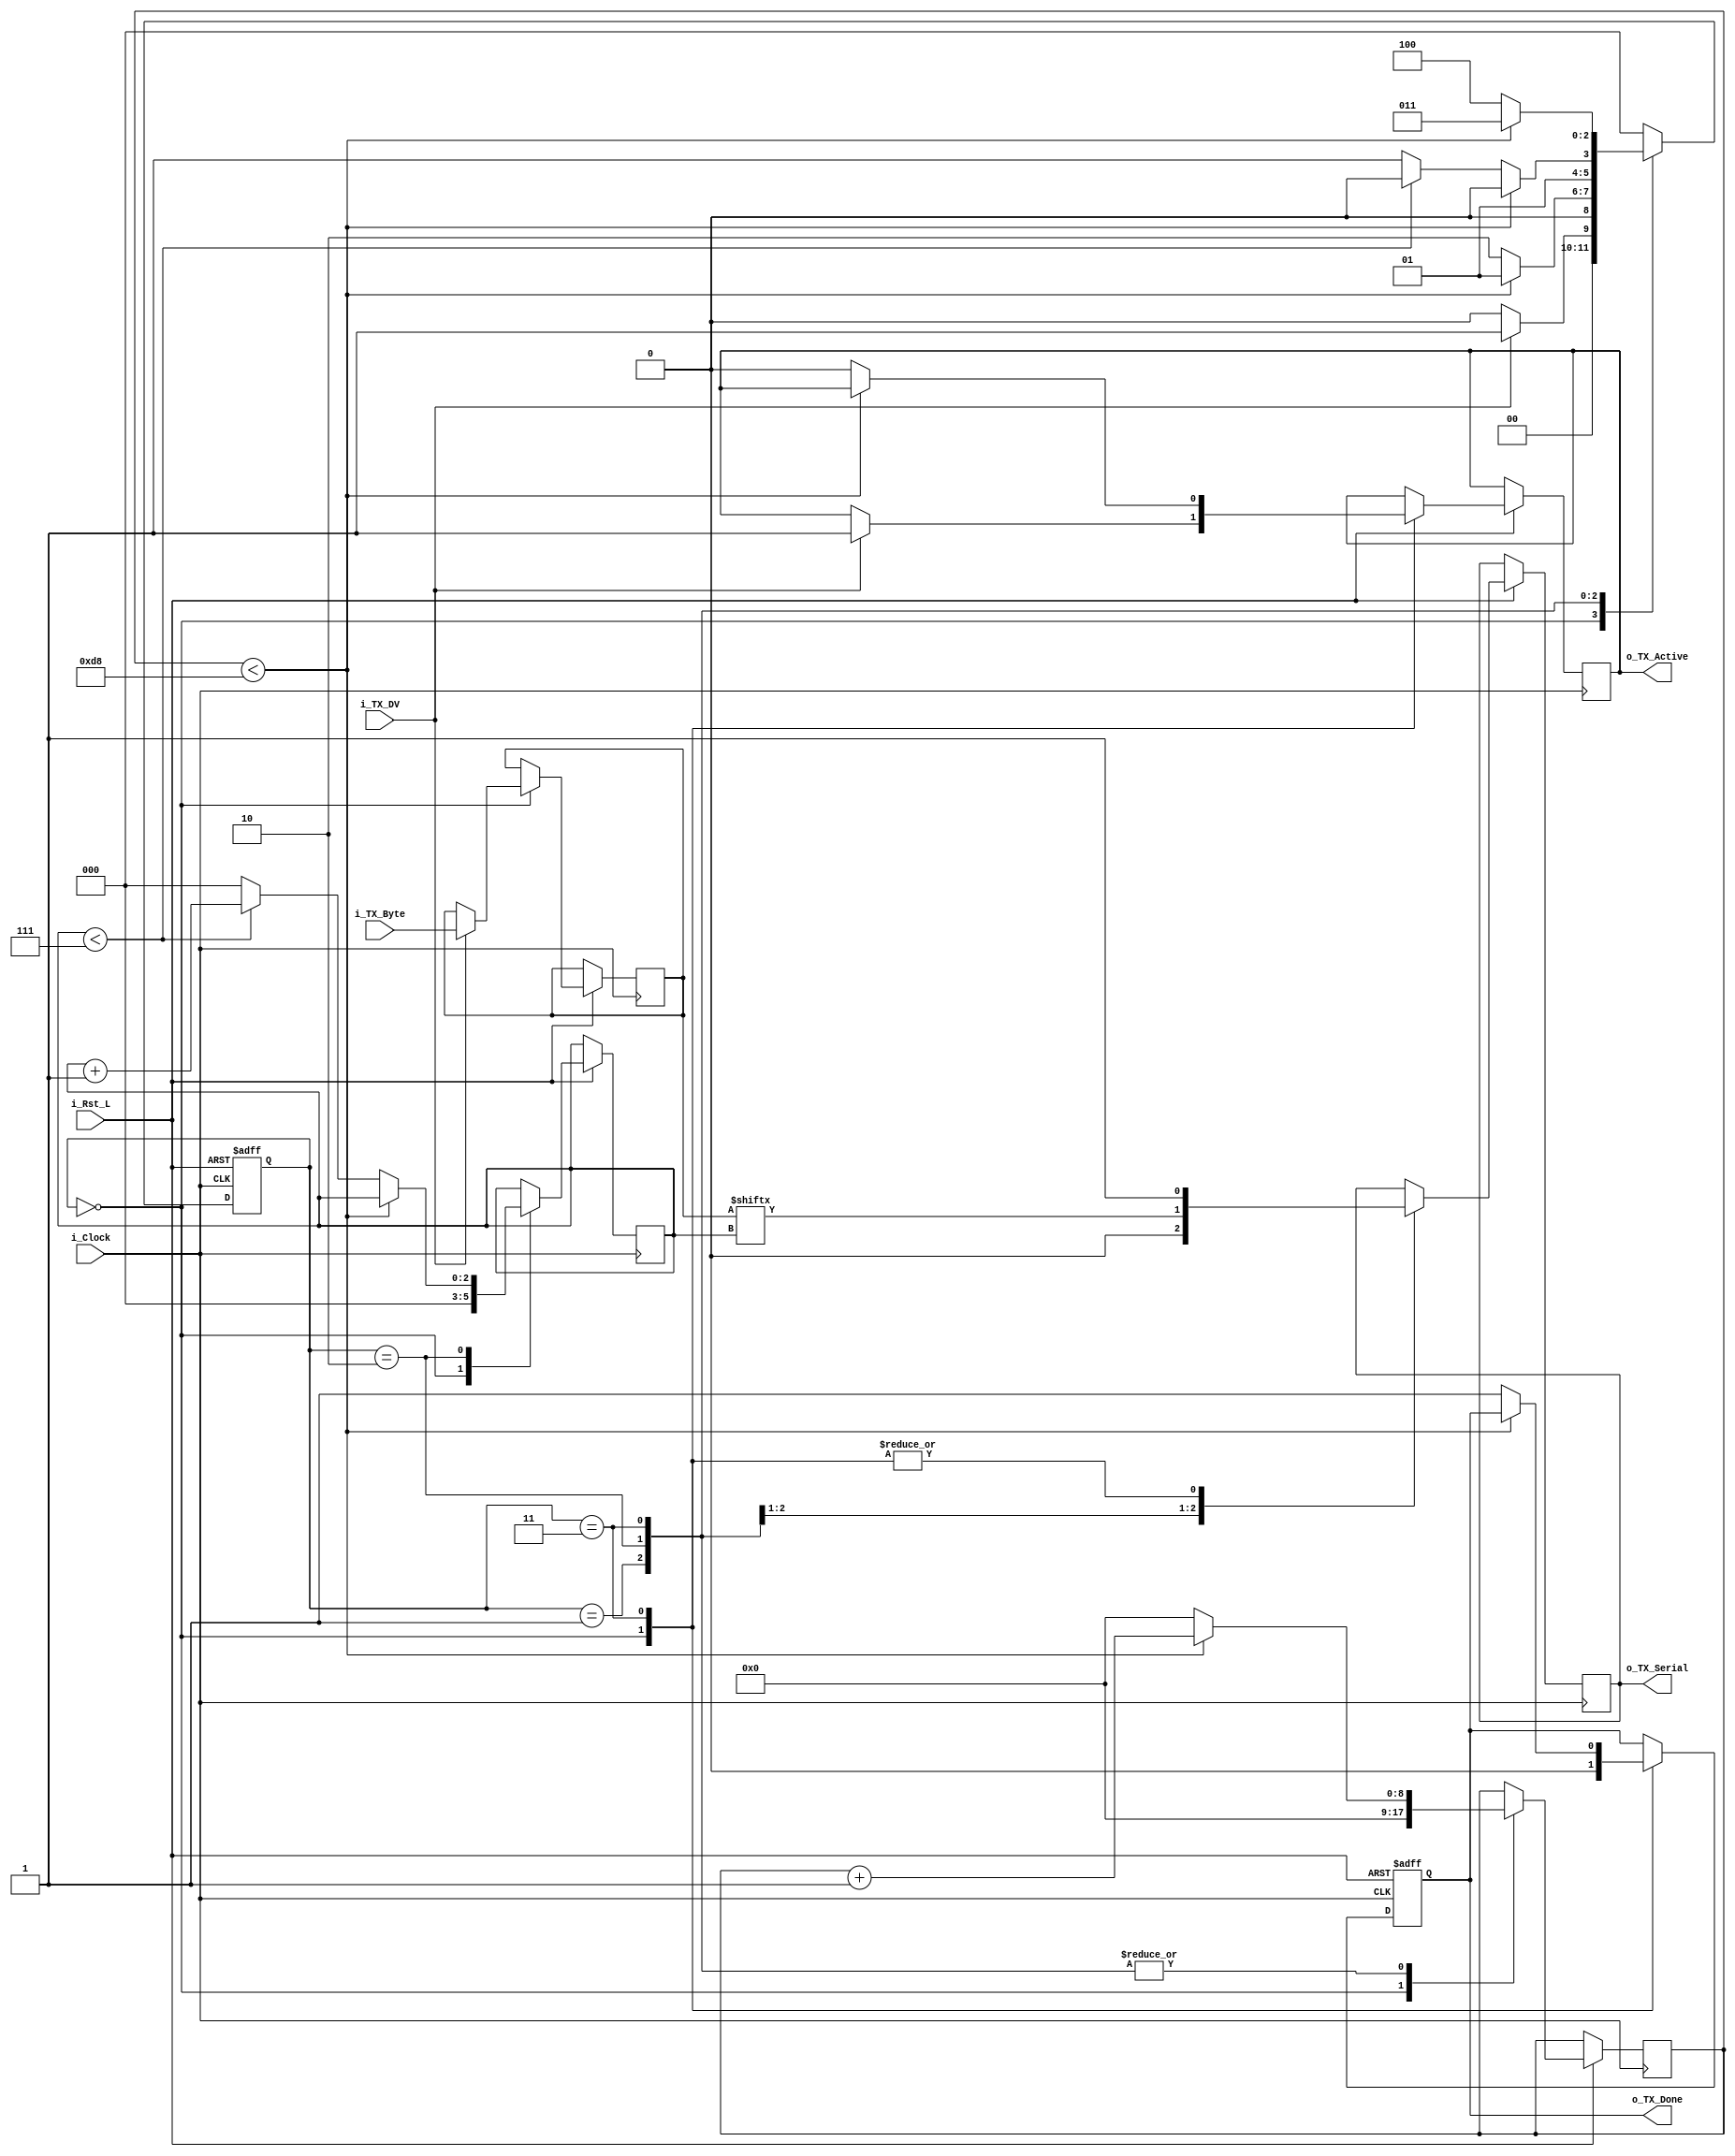
//////////////////////////////////////////////////////////////////////
//////////////////////////////////////////////////////////////////////
// This file contains the UART Transmitter.  This transmitter is able
// to transmit 8 bits of serial data, one start bit, one stop bit,
// and no parity bit.  When transmit is complete o_Tx_done will be
// driven high for one clock cycle.
//
// Set Parameter CLKS_PER_BIT as follows:
// CLKS_PER_BIT = (Frequency of i_Clock)/(Frequency of UART)
// Example: 25 MHz Clock, 115200 baud UART
// (25000000)/(115200) = 217
 
module UART_TX 
  #(parameter CLKS_PER_BIT = 217)
  (
   input       i_Rst_L,
   input       i_Clock,
   input       i_TX_DV,         //TX Data Valid for one cycle
   input [7:0] i_TX_Byte, 
   output reg  o_TX_Active,
   output reg  o_TX_Serial,
   output reg  o_TX_Done
   );
 
  localparam IDLE         = 3'b000;
  localparam TX_START_BIT = 3'b001;
  localparam TX_DATA_BITS = 3'b010;
  localparam TX_STOP_BIT  = 3'b011;
  localparam CLEANUP      = 3'b100;
  
  reg [2:0] r_SM_Main;
  reg [$clog2(CLKS_PER_BIT):0] r_Clock_Count;
  reg [2:0] r_Bit_Index;
  reg [7:0] r_TX_Data;


  // Purpose: Control TX state machine
  always @(posedge i_Clock or negedge i_Rst_L)
  begin
    if (~i_Rst_L)
    begin
      r_SM_Main <= 3'b000;
      o_TX_Done <= 1'b0;
    end
    else
    begin
      case (r_SM_Main)
      IDLE :
        begin
          o_TX_Serial   <= 1'b1;         // Drive Line High for Idle
          o_TX_Done     <= 1'b0;
          r_Clock_Count <= 0;
          r_Bit_Index   <= 0;
          
          if (i_TX_DV == 1'b1)
          begin
            o_TX_Active <= 1'b1;
            r_TX_Data   <= i_TX_Byte;
            r_SM_Main   <= TX_START_BIT;
          end
          else
            r_SM_Main <= IDLE;
        end // case: IDLE
      
      
      // Send out Start Bit. Start bit = 0
      TX_START_BIT :
        begin
          o_TX_Serial <= 1'b0;
          
          // Wait CLKS_PER_BIT-1 clock cycles for start bit to finish
          if (r_Clock_Count < CLKS_PER_BIT-1)
          begin
            r_Clock_Count <= r_Clock_Count + 1;
            r_SM_Main     <= TX_START_BIT;
          end
          else
          begin
            r_Clock_Count <= 0;
            r_SM_Main     <= TX_DATA_BITS;
          end
        end // case: TX_START_BIT
      
      
      // Wait CLKS_PER_BIT-1 clock cycles for data bits to finish         
      TX_DATA_BITS :
        begin
          o_TX_Serial <= r_TX_Data[r_Bit_Index];
          
          if (r_Clock_Count < CLKS_PER_BIT-1)
          begin
            r_Clock_Count <= r_Clock_Count + 1;
            r_SM_Main     <= TX_DATA_BITS;
          end
          else
          begin
            r_Clock_Count <= 0;
            
            // Check if we have sent out all bits
            if (r_Bit_Index < 7)
            begin
              r_Bit_Index <= r_Bit_Index + 1;
              r_SM_Main   <= TX_DATA_BITS;
            end
            else
            begin
              r_Bit_Index <= 0;
              r_SM_Main   <= TX_STOP_BIT;
            end
          end 
        end // case: TX_DATA_BITS
      
      
      // Send out Stop bit.  Stop bit = 1
      TX_STOP_BIT :
        begin
          o_TX_Serial <= 1'b1;
          
          // Wait CLKS_PER_BIT-1 clock cycles for Stop bit to finish
          if (r_Clock_Count < CLKS_PER_BIT-1)
          begin
            r_Clock_Count <= r_Clock_Count + 1;
            r_SM_Main     <= TX_STOP_BIT;
          end
          else
          begin
            o_TX_Done     <= 1'b1;
            r_Clock_Count <= 0;
            r_SM_Main     <= CLEANUP;
            o_TX_Active   <= 1'b0;
          end 
        end // case: TX_STOP_BIT
      
      
      // Stay here 1 clock
      CLEANUP :
        begin
          r_SM_Main <= IDLE;
        end
      
      
      default :
        r_SM_Main <= IDLE;
      
    endcase
    end // else: !if(~i_Rst_L)
  end // always @ (posedge i_Clock or negedge i_Rst_L)

  
endmodule